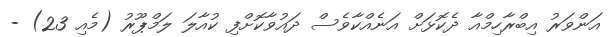
އަންވަރު އިބްރާހިމްއާ ދެކޮޅަށް އަނެއްކާވެސް ދައުވާކޮށްފި ކުއާލަ ލަމްޕޫރު (މެއި 23) -